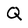
Character: Q